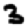
Digit: 3